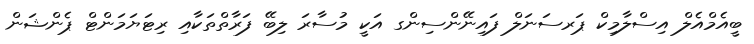
ބީއެމްއެލް އިސްލާމިކް ޕަރސަނަލް ފައިނޭންސިންގ އަކީ މުސާރަ ލިބޭ ފަރާތްތަކާއި ރިޓަޔަމަންޓް ޕެންޝަން